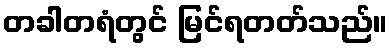
တခါတရံတွင် မြင်ရတတ်သည်။